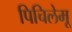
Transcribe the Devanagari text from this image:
पिचिलेमू